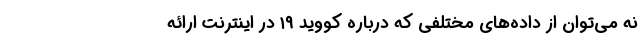
نه می‌توان از داده‌های مختلفی که درباره کووید ۱۹ در اینترنت ارائه